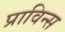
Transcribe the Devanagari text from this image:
प्राविन्स